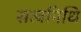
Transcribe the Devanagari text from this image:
सत्वनिधि